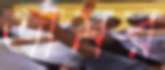
ভ্রামর